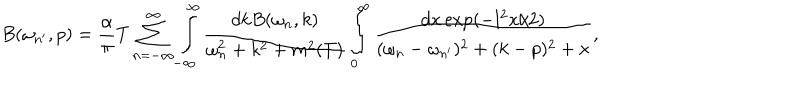
B ( \omega _ { n ^ { \prime } } , p ) = \frac { \alpha } { \pi } T \sum _ { n = - \infty } ^ { \infty } \int _ { - \infty } ^ { \infty } \frac { d k B ( \omega _ { n } , k ) } { \omega _ { n } ^ { 2 } + k ^ { 2 } + m ^ { 2 } ( T ) } \int _ { 0 } ^ { \infty } \frac { d x \exp ( - l ^ { 2 } x / 2 ) } { ( \omega _ { n } - \omega _ { n ^ { \prime } } ) ^ { 2 } + ( k - p ) ^ { 2 } + x } ,